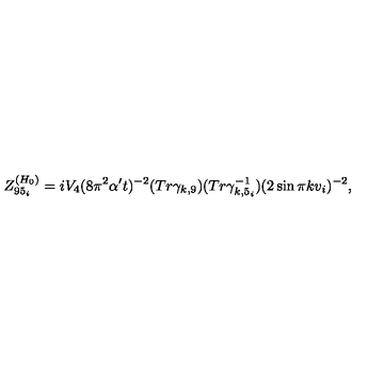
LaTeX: Z _ { 9 5 _ { i } } ^ { ( H _ { 0 } ) } = i V _ { 4 } ( 8 \pi ^ { 2 } \alpha ^ { \prime } t ) ^ { - 2 } ( T r \gamma _ { k , 9 } ) ( T r \gamma _ { k , 5 _ { i } } ^ { - 1 } ) ( 2 \sin \pi k v _ { i } ) ^ { - 2 } ,